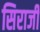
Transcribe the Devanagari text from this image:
सिराजी